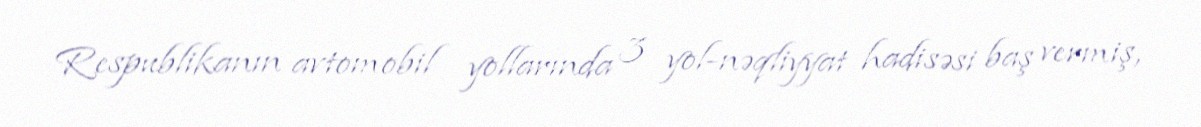
Respublikanın avtomobil yollarında 3 yol-nəqliyyat hadisəsi baş vermiş,